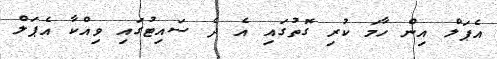
އެޕަލް އިން ހާމަ ކުރި ގޮތުގައި އެ ދެ ސައިޓުގައި ވިއްކާ އެޕަލް